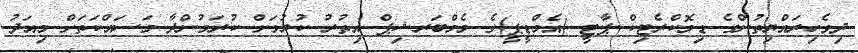
ދިވެހިރައްޔިތުންގެ ޑިމޮކްރެޓިކް ޕާޓީ (އެމްޑީޕީ)ގެ މެމްބަރޝިޕް އިތުރު ކުރުމަށް ކުރަމުންދާ މަސައްކަތަށް މިއަދު